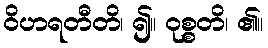
ဝိဟရတီတိ၊ ၍။ ဝုစ္စတိ၊ ၏။